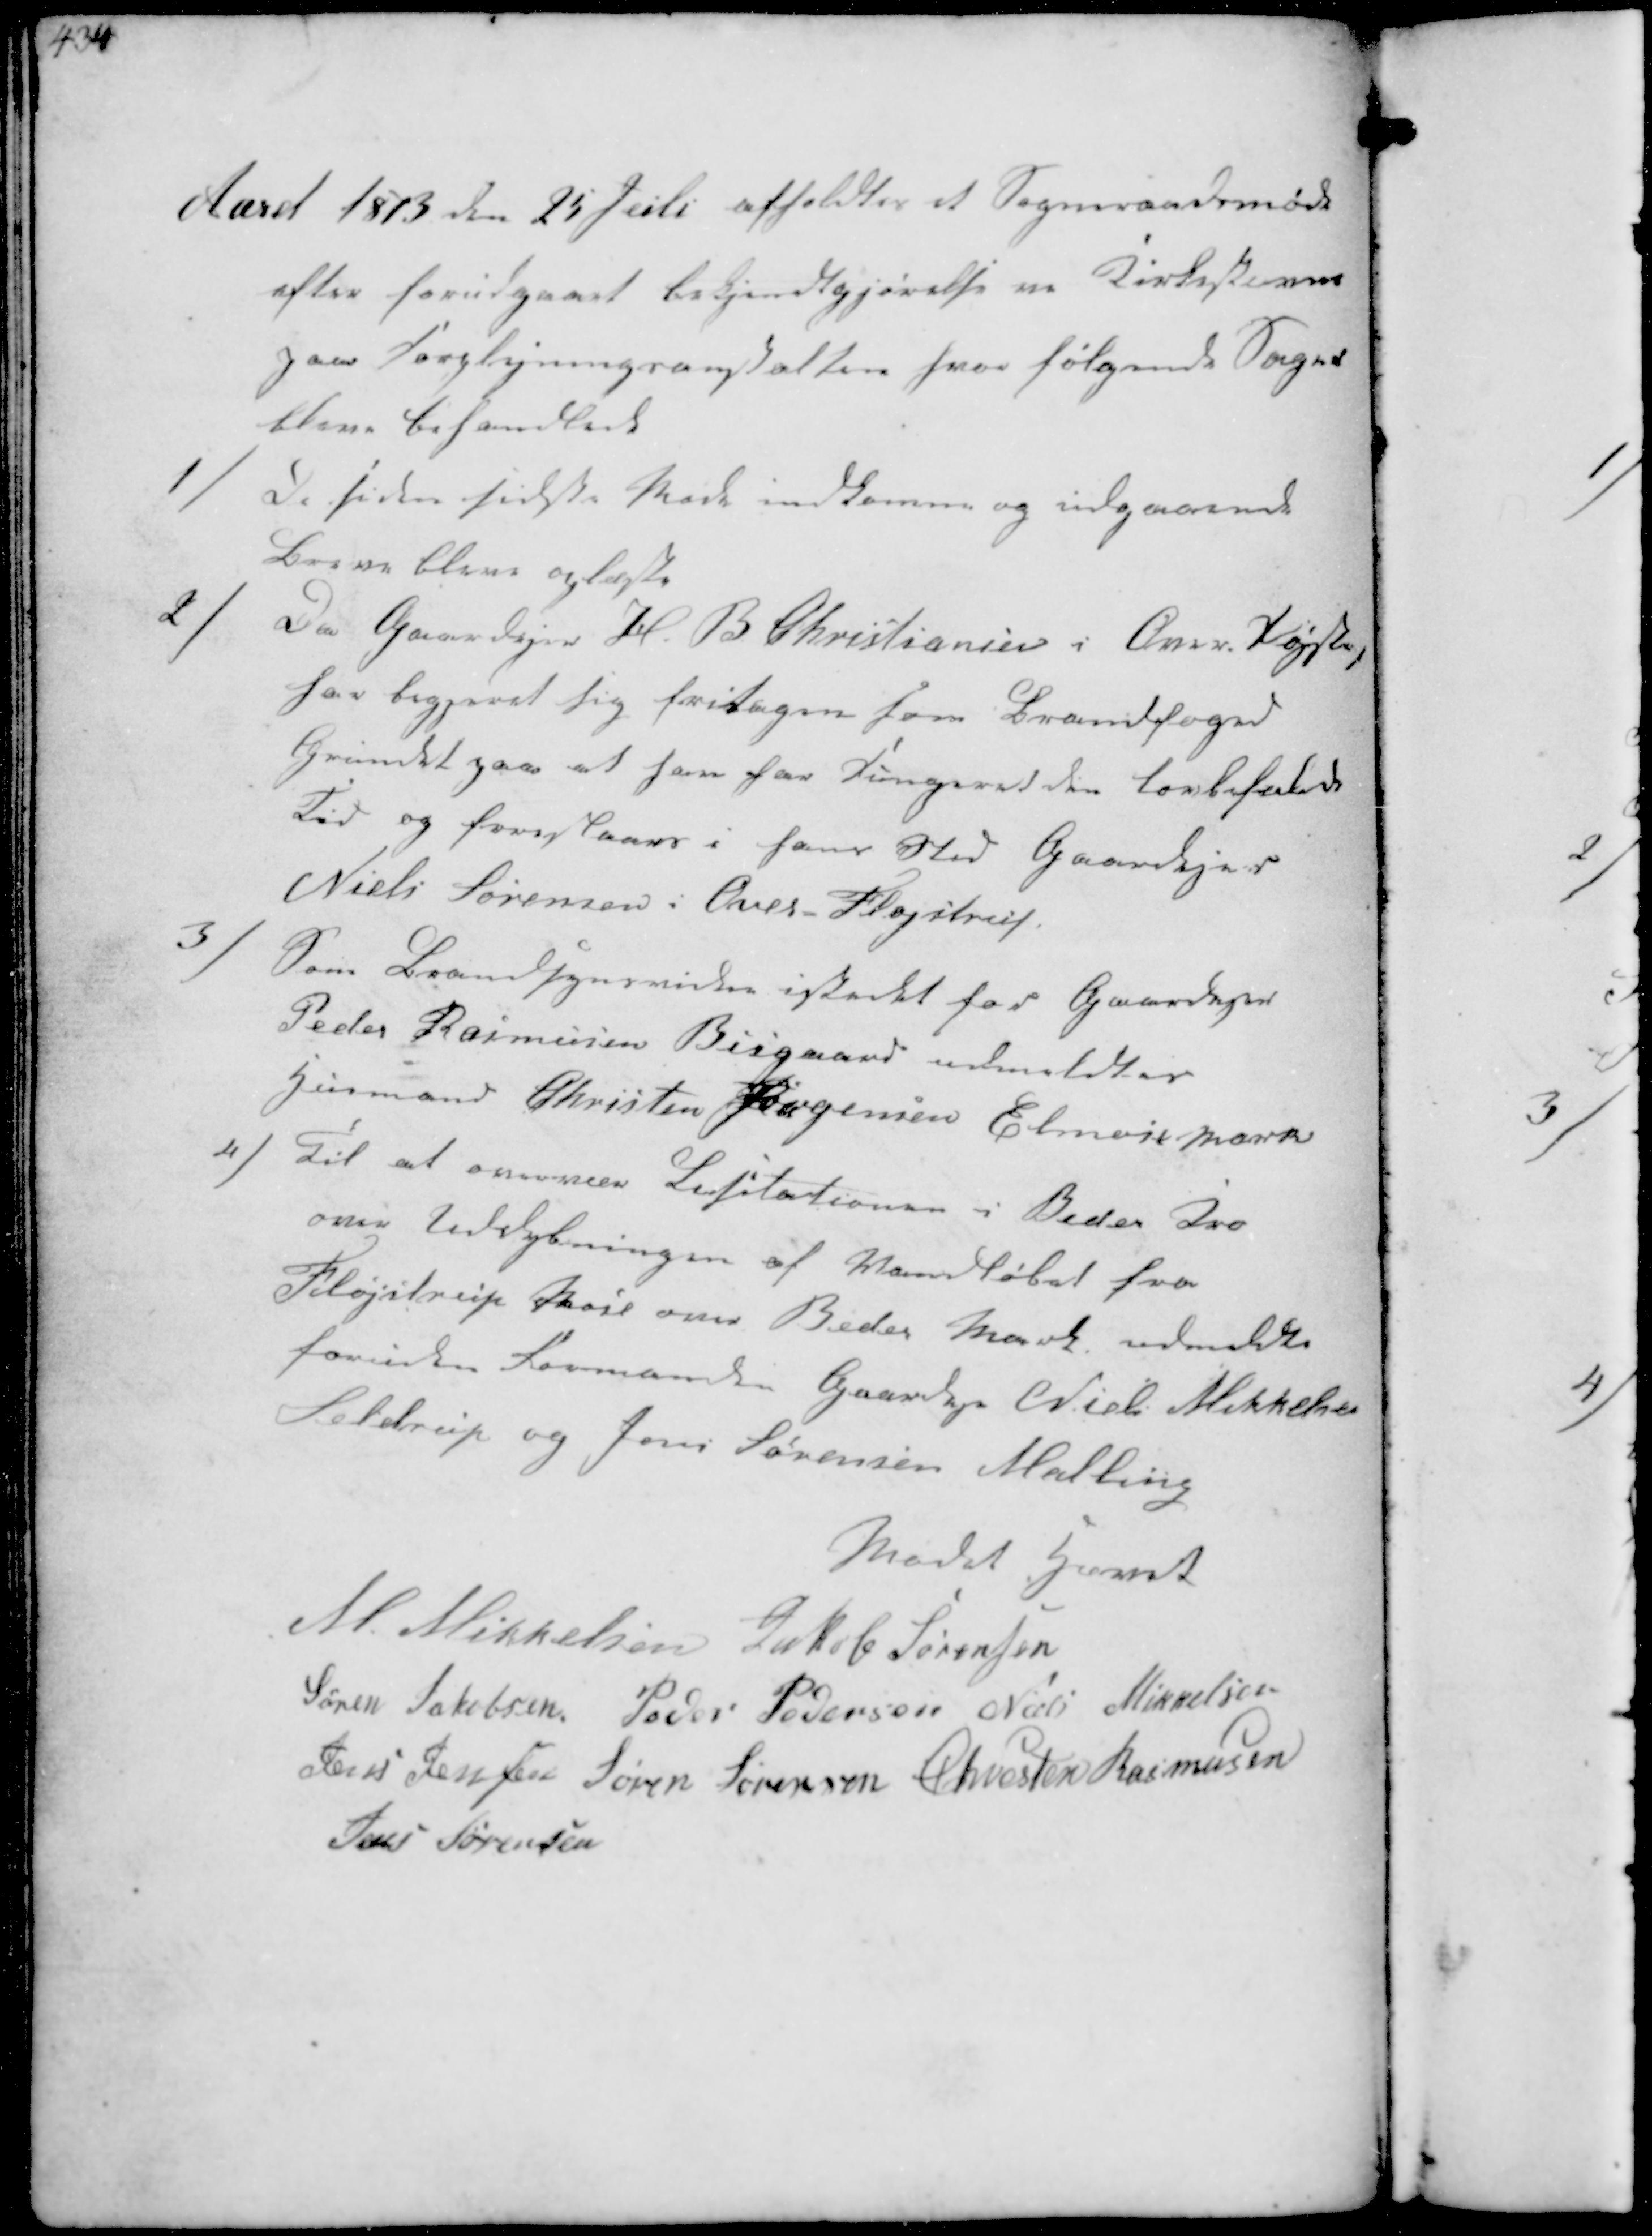
Transskription:
Aaret 1873 den 25 Juli afholdtes et Sogneraadsmøde
efter forudgaaet bekjendtgjørelse ved Kirkestævne
paa Forplejningsanstalten hvor følgende Sager
blev behandlet

1/
De sidensidste Møde indkomne og udgaaende
Breve blev oplæst

2/
Da Gaardejer H B Christiansen i Over Fløjstrup
for begæret sig fritagen som Brandfoged
Grundet paa at han har fungeret den lovbefalede
Tid og foreslaar i hans Sted Gaardejer
Niels Sørensen i Over Fløjstrup

3/
Som Brandsynsvidne istedet for Gaardejer
Peder Rasmussen Bisgaard udmeldtes
Husmand Christen Jørgensen Elmose Mark

4/
Til at overvære Licitationen i Beder Kro
om Uddybningen af Vandløbet fra
Fløjstrup Skole over Beder Mark udmeldtes
foruden Formanden Gaardejer Niels Mikkelsen
Fløjstrup og Jens Sørensen Malling

Mødet hævet
M. Mikkelsen Jakob Sørensen
Søren Jakobsen Peder Sørensen Niels Mikkelsen
Jens Jensen Søren Sørensen Chresten Rasmussen
Jens Sørensen